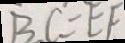
B C = E F